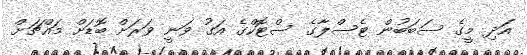
އަދި މީގެ ސަބަބުން ޓެސްލާގެ ސްޓޮކްގެ އަގު ވަނީ ވަރަށް ބޮޑަށް މައްޗަށް